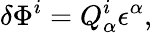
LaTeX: \delta\Phi^{i}=Q_{\alpha}^{i}\epsilon^{\alpha},